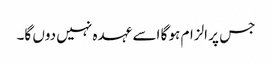
جس پر الزام ہو گا اسے عہدہ نہیں دوں گا۔